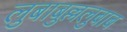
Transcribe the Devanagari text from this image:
लुबाबुल्ललुबाब